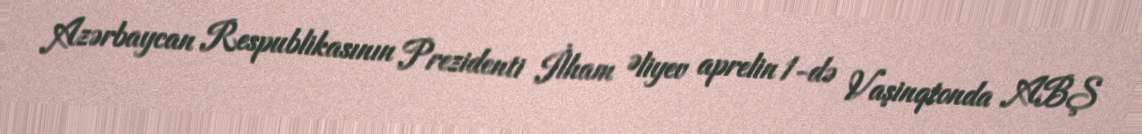
Azərbaycan Respublikasının Prezidenti İlham Əliyev aprelin 1-də Vaşinqtonda ABŞ